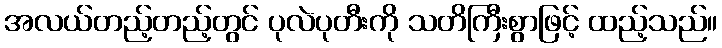
အလယ်တည့်တည့်တွင် ပုလဲပုတီးကို သတိကြီးစွာဖြင့် ထည့်သည်။